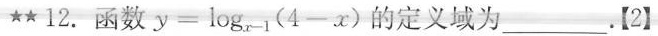
★★12.函数 $$y = \log _ { x - 1 } ( 4 - x )$$ 的定义域为 ___ .【2】